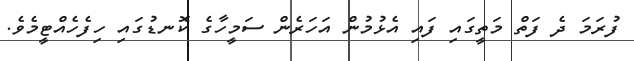
ފުރަމަ ދެ ފަތް މަތީގައި ފައި އެޅުމުން އަހަރެން ސަމީހާގެ ކޮނޑުގައި ހިފެހެއްޓީމެވެ.